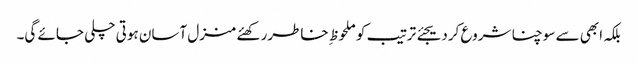
بلکہ ابھی سے سوچنا شروع کردیجئے ترتیب کو ملحوظ ِ خاطررکھئے منزل آسان ہوتی چلی جائے گی۔